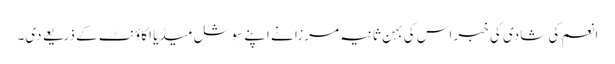
انعم کی شادی کی خبر اس کی بہن ثانیہ مرزا نے اپنے سوشل میڈیا اکاؤنٹ کے ذریعے دی۔